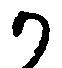
か